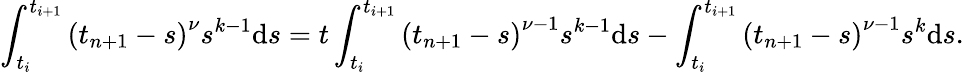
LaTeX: \int_{t_{i}}^{t_{i+1}}{{{(t_{n+1}-s)}^{\nu}}{{s}^{k-1}}\mathrm{d}s}={t}\int_{t_{i}}^{t_{i+1}}{{{(t_{n+1}-s)}^{\nu-1}}{{s}^{k-1}}\mathrm{d}s}-\int_{t_{i}}^{t_{i+1}}{{{(t_{n+1}-s)}^{\nu-1}}{{s}^{k}}\mathrm{d}s}.